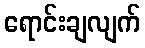
ရောင်းချလျက်